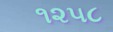
૧૨૫૮